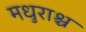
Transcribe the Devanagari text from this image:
मधुराश्च